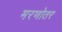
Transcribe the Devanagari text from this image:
मरणोतर